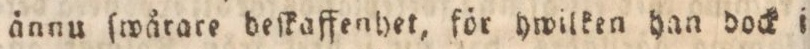
ånnu ſwårare deſkaffenhet, för hwilken han dock i